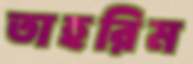
তাহরিম